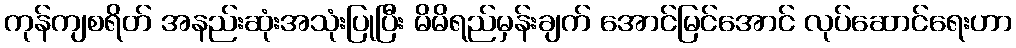
ကုန်ကျစရိတ် အနည်းဆုံးအသုံးပြုပြီး မိမိရည်မှန်းချက် အောင်မြင်အောင် လုပ်ဆောင်ရေးဟာ